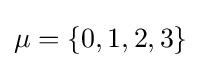
\mu =\{0,1,2,3\}